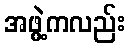
အဖွဲ့ကလည်း